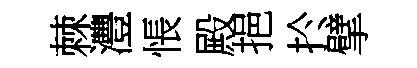
棘灃悵殿挹扵擘